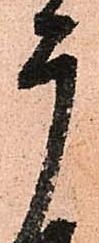
广